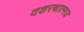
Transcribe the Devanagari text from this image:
दशरथात्मज